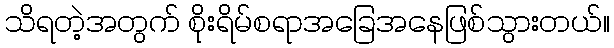
သိရတဲ့အတွက် စိုးရိမ်စရာအခြေအနေဖြစ်သွားတယ်။